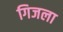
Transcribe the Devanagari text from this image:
गिजला